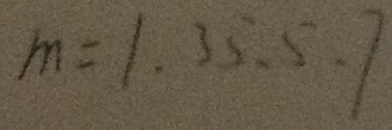
m = 1 . 3 5 . 5 . 7